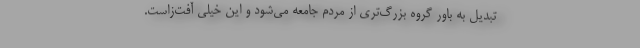
تبدیل به باور گروه بزرگ‌تری از مردم جامعه می‌شود و این خیلی آفت‌زاست.